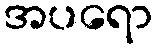
အပရော